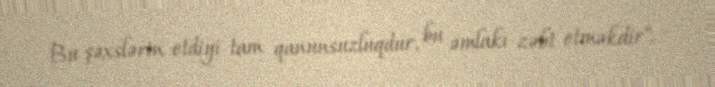
Bu şəxslərin etdiyi tam qanunsuzluqdur, bu əmlakı zəbt etməkdir".